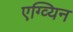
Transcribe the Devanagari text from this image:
एग्व्यिन